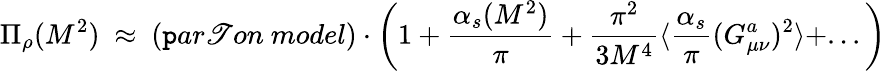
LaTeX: \Pi_{\rho}(M^{2})~\approx~(\mathtt{p}ar\mathscr{T}on~model)\cdot\left(1+{\frac{{\alpha_{s}(M^{2})}}{{\pi}}}+{\frac{{\pi^{2}}}{{3M^{4}}}}\langle{\frac{{\alpha_{s}}}{{\pi}}}(G_{\mu\nu}^{a})^{2}\rangle+...\right)